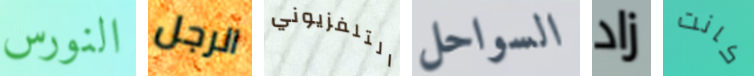
النورس الرجل التلفزيوني السواحل زاد كانت